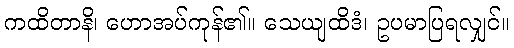
ကထိတာနိ၊ ဟောအပ်ကုန်၏။ သေယျထိဒံ၊ ဥပမာပြရလျှင်။